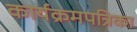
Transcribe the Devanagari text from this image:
कार्यक्रमपत्रिका